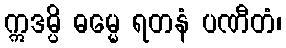
ဣဒမ္ပိ ဓမ္မေ ရတနံ ပဏီတံ၊